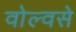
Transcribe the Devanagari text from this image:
वोल्वसे